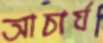
আচার্য